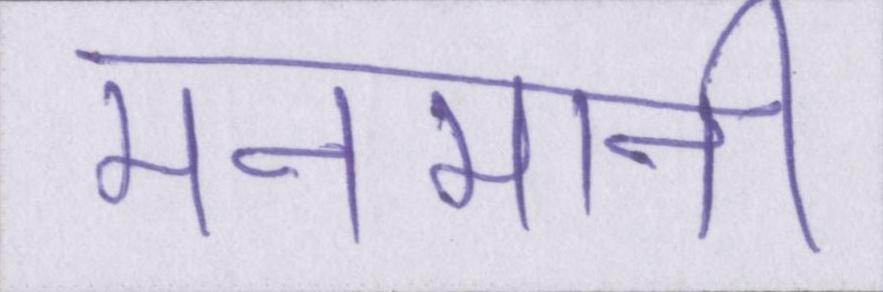
मनमानी